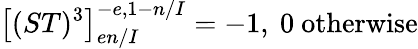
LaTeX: \left[(ST)^{3}\right]_{en/I}^{-e,1-n/I}=-1,\ 0\mathrm{~otherwise}